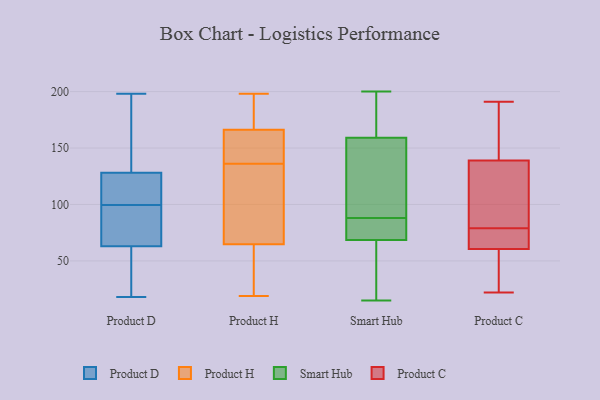
{"axis": {"x": "Demand Index", "y": "Value"}, "legend": ["Product C", "Product D", "Product H", "Smart Hub"], "data": [{"x": "", "y": 18, "type": "Product D"}, {"x": "", "y": 134, "type": "Product D"}, {"x": "", "y": 102, "type": "Product D"}, {"x": "", "y": 32, "type": "Product D"}, {"x": "", "y": 39, "type": "Product D"}, {"x": "", "y": 198, "type": "Product D"}, {"x": "", "y": 89, "type": "Product D"}, {"x": "", "y": 97, "type": "Product D"}, {"x": "", "y": 130, "type": "Product D"}, {"x": "", "y": 116, "type": "Product D"}, {"x": "", "y": 126, "type": "Product D"}, {"x": "", "y": 87, "type": "Product D"}, {"x": "", "y": 136, "type": "Product H"}, {"x": "", "y": 145, "type": "Product H"}, {"x": "", "y": 72, "type": "Product H"}, {"x": "", "y": 85, "type": "Product H"}, {"x": "", "y": 37, "type": "Product H"}, {"x": "", "y": 149, "type": "Product H"}, {"x": "", "y": 185, "type": "Product H"}, {"x": "", "y": 160, "type": "Product H"}, {"x": "", "y": 104, "type": "Product H"}, {"x": "", "y": 195, "type": "Product H"}, {"x": "", "y": 198, "type": "Product H"}, {"x": "", "y": 43, "type": "Product H"}, {"x": "", "y": 19, "type": "Product H"}, {"x": "", "y": 95, "type": "Smart Hub"}, {"x": "", "y": 200, "type": "Smart Hub"}, {"x": "", "y": 172, "type": "Smart Hub"}, {"x": "", "y": 116, "type": "Smart Hub"}, {"x": "", "y": 35, "type": "Smart Hub"}, {"x": "", "y": 76, "type": "Smart Hub"}, {"x": "", "y": 62, "type": "Smart Hub"}, {"x": "", "y": 182, "type": "Smart Hub"}, {"x": "", "y": 146, "type": "Smart Hub"}, {"x": "", "y": 15, "type": "Smart Hub"}, {"x": "", "y": 81, "type": "Smart Hub"}, {"x": "", "y": 75, "type": "Smart Hub"}, {"x": "", "y": 142, "type": "Product C"}, {"x": "", "y": 68, "type": "Product C"}, {"x": "", "y": 102, "type": "Product C"}, {"x": "", "y": 70, "type": "Product C"}, {"x": "", "y": 76, "type": "Product C"}, {"x": "", "y": 53, "type": "Product C"}, {"x": "", "y": 114, "type": "Product C"}, {"x": "", "y": 138, "type": "Product C"}, {"x": "", "y": 136, "type": "Product C"}, {"x": "", "y": 22, "type": "Product C"}, {"x": "", "y": 79, "type": "Product C"}, {"x": "", "y": 24, "type": "Product C"}, {"x": "", "y": 174, "type": "Product C"}, {"x": "", "y": 63, "type": "Product C"}, {"x": "", "y": 187, "type": "Product C"}, {"x": "", "y": 191, "type": "Product C"}, {"x": "", "y": 45, "type": "Product C"}]}